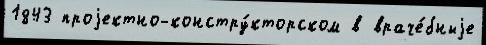
1843 проjектно-констру́кторском в враче́бныjе